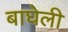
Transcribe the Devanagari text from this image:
बाघेली